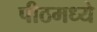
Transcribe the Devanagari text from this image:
पीठमध्ये